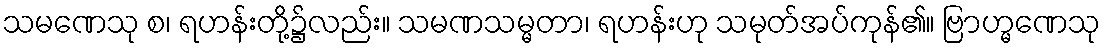
သမဏေသု စ၊ ရဟန်းတို့၌လည်း။ သမဏသမ္မတာ၊ ရဟန်းဟု သမုတ်အပ်ကုန်၏။ ဗြာဟ္မဏေသု